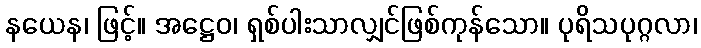
နယေန၊ ဖြင့်။ အဋ္ဌေဝ၊ ရှစ်ပါးသာလျှင်ဖြစ်ကုန်သော။ ပုရိသပုဂ္ဂလာ၊